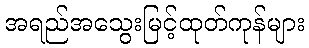
အရည်အသွေးမြင့်ထုတ်ကုန်များ